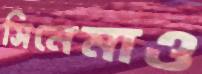
সিনেমাও